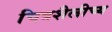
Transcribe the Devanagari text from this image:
चित्रशैलीच्य